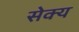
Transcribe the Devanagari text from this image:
सेक्य